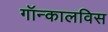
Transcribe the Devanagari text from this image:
गॉन्कालविस